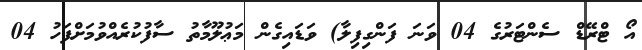
އޯ ޓްރޭޑް ސެންޓަރުގެ 04 ވަނަ ފަންގިފިލާ) ވަޑައިގެން މަޢުލޫމާތު ސާފުކުރެއްވުމަށްފަހު 04